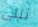
تبلى